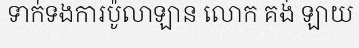
ទាក់ទងការប៉ូលាឡាន លោក គង់ ឡាយ